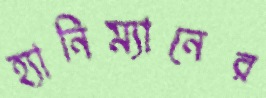
হ্যানিম্যানের